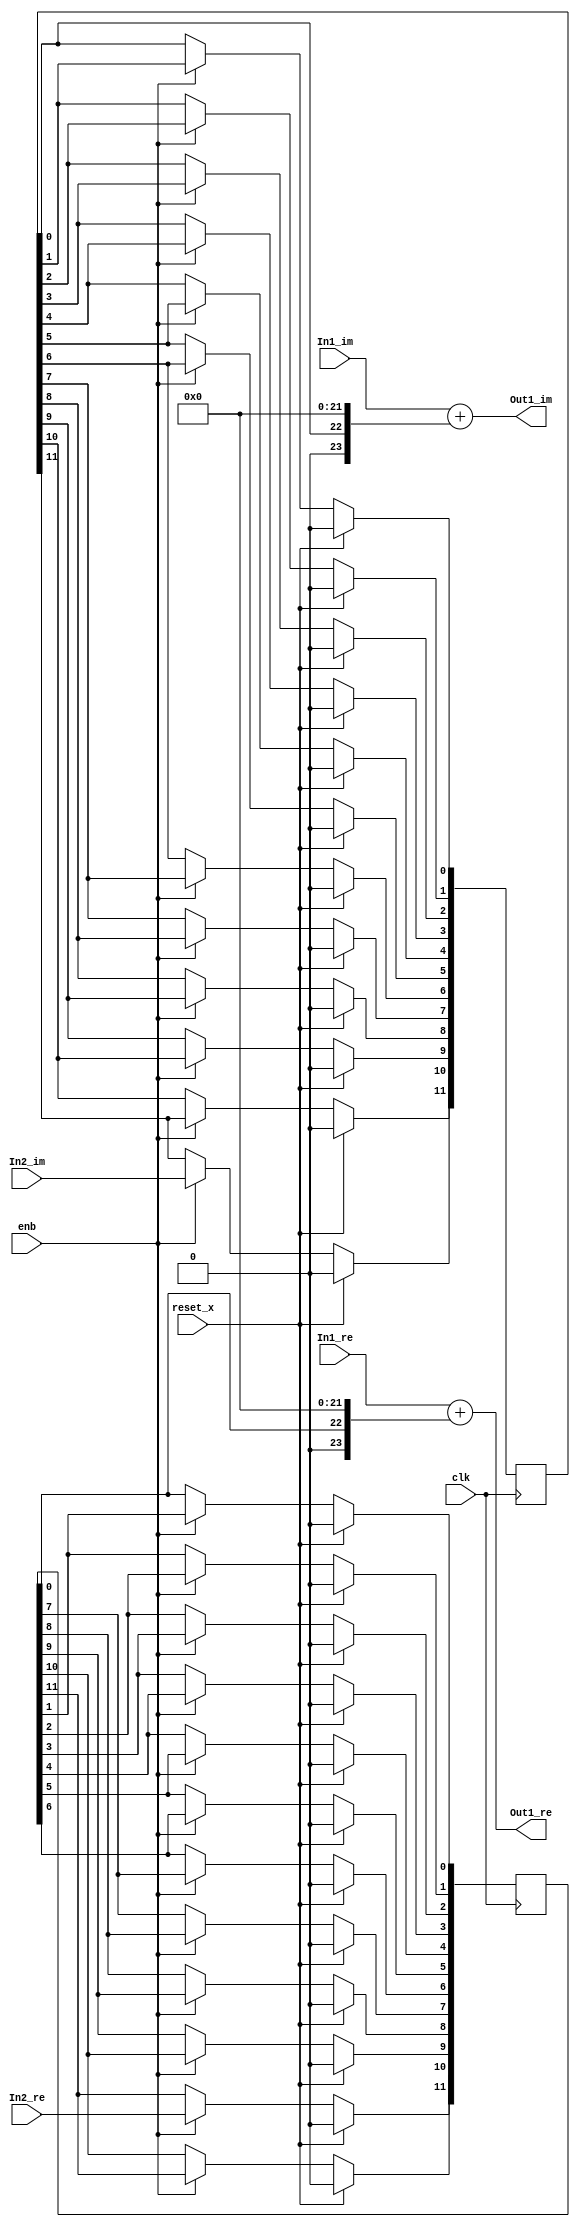
// -------------------------------------------------------------
// 
// 
// Generated by MATLAB 9.8 and HDL Coder 3.16
// 
// -------------------------------------------------------------


// -------------------------------------------------------------
// 
// Module: Complex_Sum1_block14
// Source Path: newhope_cambios/FDHT/DFT_2/DFT10 - block_2/DFT5-row 1/DFT5-1/Complex-Sum1
// Hierarchy Level: 5
// 
// -------------------------------------------------------------

`timescale 1 ns / 1 ns

module Complex_Sum1_block14
          (clk,
           reset_x,
           enb,
           In1_re,
           In1_im,
           In2_re,
           In2_im,
           Out1_re,
           Out1_im);


  input   clk;
  input   reset_x;
  input   enb;
  input   signed [36:0] In1_re;  // sfix37_En22
  input   signed [36:0] In1_im;  // sfix37_En22
  input   In2_re;  // ufix1
  input   In2_im;  // ufix1
  output  signed [36:0] Out1_re;  // sfix37_En22
  output  signed [36:0] Out1_im;  // sfix37_En22


  reg  [0:11] delayMatch_reg;  // ufix1 [12]
  wire [0:11] delayMatch_reg_next;  // ufix1 [12]
  wire Complex_to_Real_Imag2_out1;  // ufix1
  wire signed [36:0] Sum_add_cast;  // sfix37_En22
  wire signed [36:0] Sum_out1;  // sfix37_En22
  reg  [0:11] delayMatch1_reg;  // ufix1 [12]
  wire [0:11] delayMatch1_reg_next;  // ufix1 [12]
  wire Complex_to_Real_Imag2_out2;  // ufix1
  wire signed [36:0] Sum1_add_cast;  // sfix37_En22
  wire signed [36:0] Sum1_out1;  // sfix37_En22


  always @(posedge clk)
    begin : delayMatch_process
      if (reset_x == 1'b1) begin
        delayMatch_reg[0] <= 1'b0;
        delayMatch_reg[1] <= 1'b0;
        delayMatch_reg[2] <= 1'b0;
        delayMatch_reg[3] <= 1'b0;
        delayMatch_reg[4] <= 1'b0;
        delayMatch_reg[5] <= 1'b0;
        delayMatch_reg[6] <= 1'b0;
        delayMatch_reg[7] <= 1'b0;
        delayMatch_reg[8] <= 1'b0;
        delayMatch_reg[9] <= 1'b0;
        delayMatch_reg[10] <= 1'b0;
        delayMatch_reg[11] <= 1'b0;
      end
      else begin
        if (enb) begin
          delayMatch_reg[0] <= delayMatch_reg_next[0];
          delayMatch_reg[1] <= delayMatch_reg_next[1];
          delayMatch_reg[2] <= delayMatch_reg_next[2];
          delayMatch_reg[3] <= delayMatch_reg_next[3];
          delayMatch_reg[4] <= delayMatch_reg_next[4];
          delayMatch_reg[5] <= delayMatch_reg_next[5];
          delayMatch_reg[6] <= delayMatch_reg_next[6];
          delayMatch_reg[7] <= delayMatch_reg_next[7];
          delayMatch_reg[8] <= delayMatch_reg_next[8];
          delayMatch_reg[9] <= delayMatch_reg_next[9];
          delayMatch_reg[10] <= delayMatch_reg_next[10];
          delayMatch_reg[11] <= delayMatch_reg_next[11];
        end
      end
    end

  assign Complex_to_Real_Imag2_out1 = delayMatch_reg[11];
  assign delayMatch_reg_next[0] = In2_re;
  assign delayMatch_reg_next[1] = delayMatch_reg[0];
  assign delayMatch_reg_next[2] = delayMatch_reg[1];
  assign delayMatch_reg_next[3] = delayMatch_reg[2];
  assign delayMatch_reg_next[4] = delayMatch_reg[3];
  assign delayMatch_reg_next[5] = delayMatch_reg[4];
  assign delayMatch_reg_next[6] = delayMatch_reg[5];
  assign delayMatch_reg_next[7] = delayMatch_reg[6];
  assign delayMatch_reg_next[8] = delayMatch_reg[7];
  assign delayMatch_reg_next[9] = delayMatch_reg[8];
  assign delayMatch_reg_next[10] = delayMatch_reg[9];
  assign delayMatch_reg_next[11] = delayMatch_reg[10];



  assign Sum_add_cast = {14'b0, {Complex_to_Real_Imag2_out1, 22'b0000000000000000000000}};
  assign Sum_out1 = In1_re + Sum_add_cast;



  assign Out1_re = Sum_out1;

  always @(posedge clk)
    begin : delayMatch1_process
      if (reset_x == 1'b1) begin
        delayMatch1_reg[0] <= 1'b0;
        delayMatch1_reg[1] <= 1'b0;
        delayMatch1_reg[2] <= 1'b0;
        delayMatch1_reg[3] <= 1'b0;
        delayMatch1_reg[4] <= 1'b0;
        delayMatch1_reg[5] <= 1'b0;
        delayMatch1_reg[6] <= 1'b0;
        delayMatch1_reg[7] <= 1'b0;
        delayMatch1_reg[8] <= 1'b0;
        delayMatch1_reg[9] <= 1'b0;
        delayMatch1_reg[10] <= 1'b0;
        delayMatch1_reg[11] <= 1'b0;
      end
      else begin
        if (enb) begin
          delayMatch1_reg[0] <= delayMatch1_reg_next[0];
          delayMatch1_reg[1] <= delayMatch1_reg_next[1];
          delayMatch1_reg[2] <= delayMatch1_reg_next[2];
          delayMatch1_reg[3] <= delayMatch1_reg_next[3];
          delayMatch1_reg[4] <= delayMatch1_reg_next[4];
          delayMatch1_reg[5] <= delayMatch1_reg_next[5];
          delayMatch1_reg[6] <= delayMatch1_reg_next[6];
          delayMatch1_reg[7] <= delayMatch1_reg_next[7];
          delayMatch1_reg[8] <= delayMatch1_reg_next[8];
          delayMatch1_reg[9] <= delayMatch1_reg_next[9];
          delayMatch1_reg[10] <= delayMatch1_reg_next[10];
          delayMatch1_reg[11] <= delayMatch1_reg_next[11];
        end
      end
    end

  assign Complex_to_Real_Imag2_out2 = delayMatch1_reg[11];
  assign delayMatch1_reg_next[0] = In2_im;
  assign delayMatch1_reg_next[1] = delayMatch1_reg[0];
  assign delayMatch1_reg_next[2] = delayMatch1_reg[1];
  assign delayMatch1_reg_next[3] = delayMatch1_reg[2];
  assign delayMatch1_reg_next[4] = delayMatch1_reg[3];
  assign delayMatch1_reg_next[5] = delayMatch1_reg[4];
  assign delayMatch1_reg_next[6] = delayMatch1_reg[5];
  assign delayMatch1_reg_next[7] = delayMatch1_reg[6];
  assign delayMatch1_reg_next[8] = delayMatch1_reg[7];
  assign delayMatch1_reg_next[9] = delayMatch1_reg[8];
  assign delayMatch1_reg_next[10] = delayMatch1_reg[9];
  assign delayMatch1_reg_next[11] = delayMatch1_reg[10];



  assign Sum1_add_cast = {14'b0, {Complex_to_Real_Imag2_out2, 22'b0000000000000000000000}};
  assign Sum1_out1 = In1_im + Sum1_add_cast;



  assign Out1_im = Sum1_out1;

endmodule  // Complex_Sum1_block14